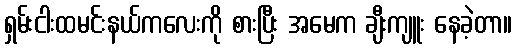
ရှမ်းငါးထမင်းနယ်ကလေးကို စားပြီး အမေက ချီးကျူး နေခဲ့တာ။